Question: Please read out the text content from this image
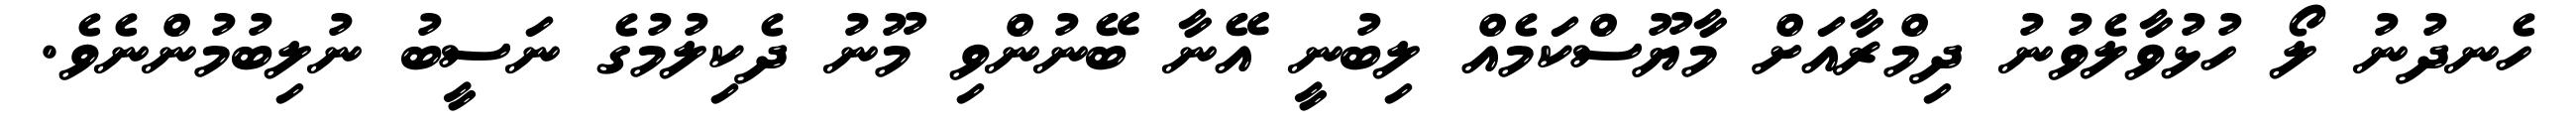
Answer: ހެނދުނު ލޯ ހުޅުވާލެވުނު ދިމްރާއަށް މާޔޫސްކަމެއް ލިބުނީ އޭނާ ބޭނުންވި މޫނު ދެކިލުމުގެ ނަސީބު ނުލިބުމުންނެވެ.